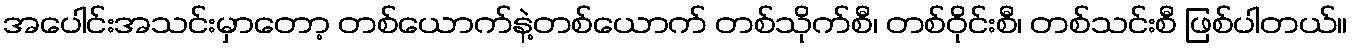
အပေါင်းအသင်းမှာတော့ တစ်ယောက်နဲ့တစ်ယောက် တစ်သိုက်စီ၊ တစ်ဝိုင်းစီ၊ တစ်သင်းစီ ဖြစ်ပါတယ်။